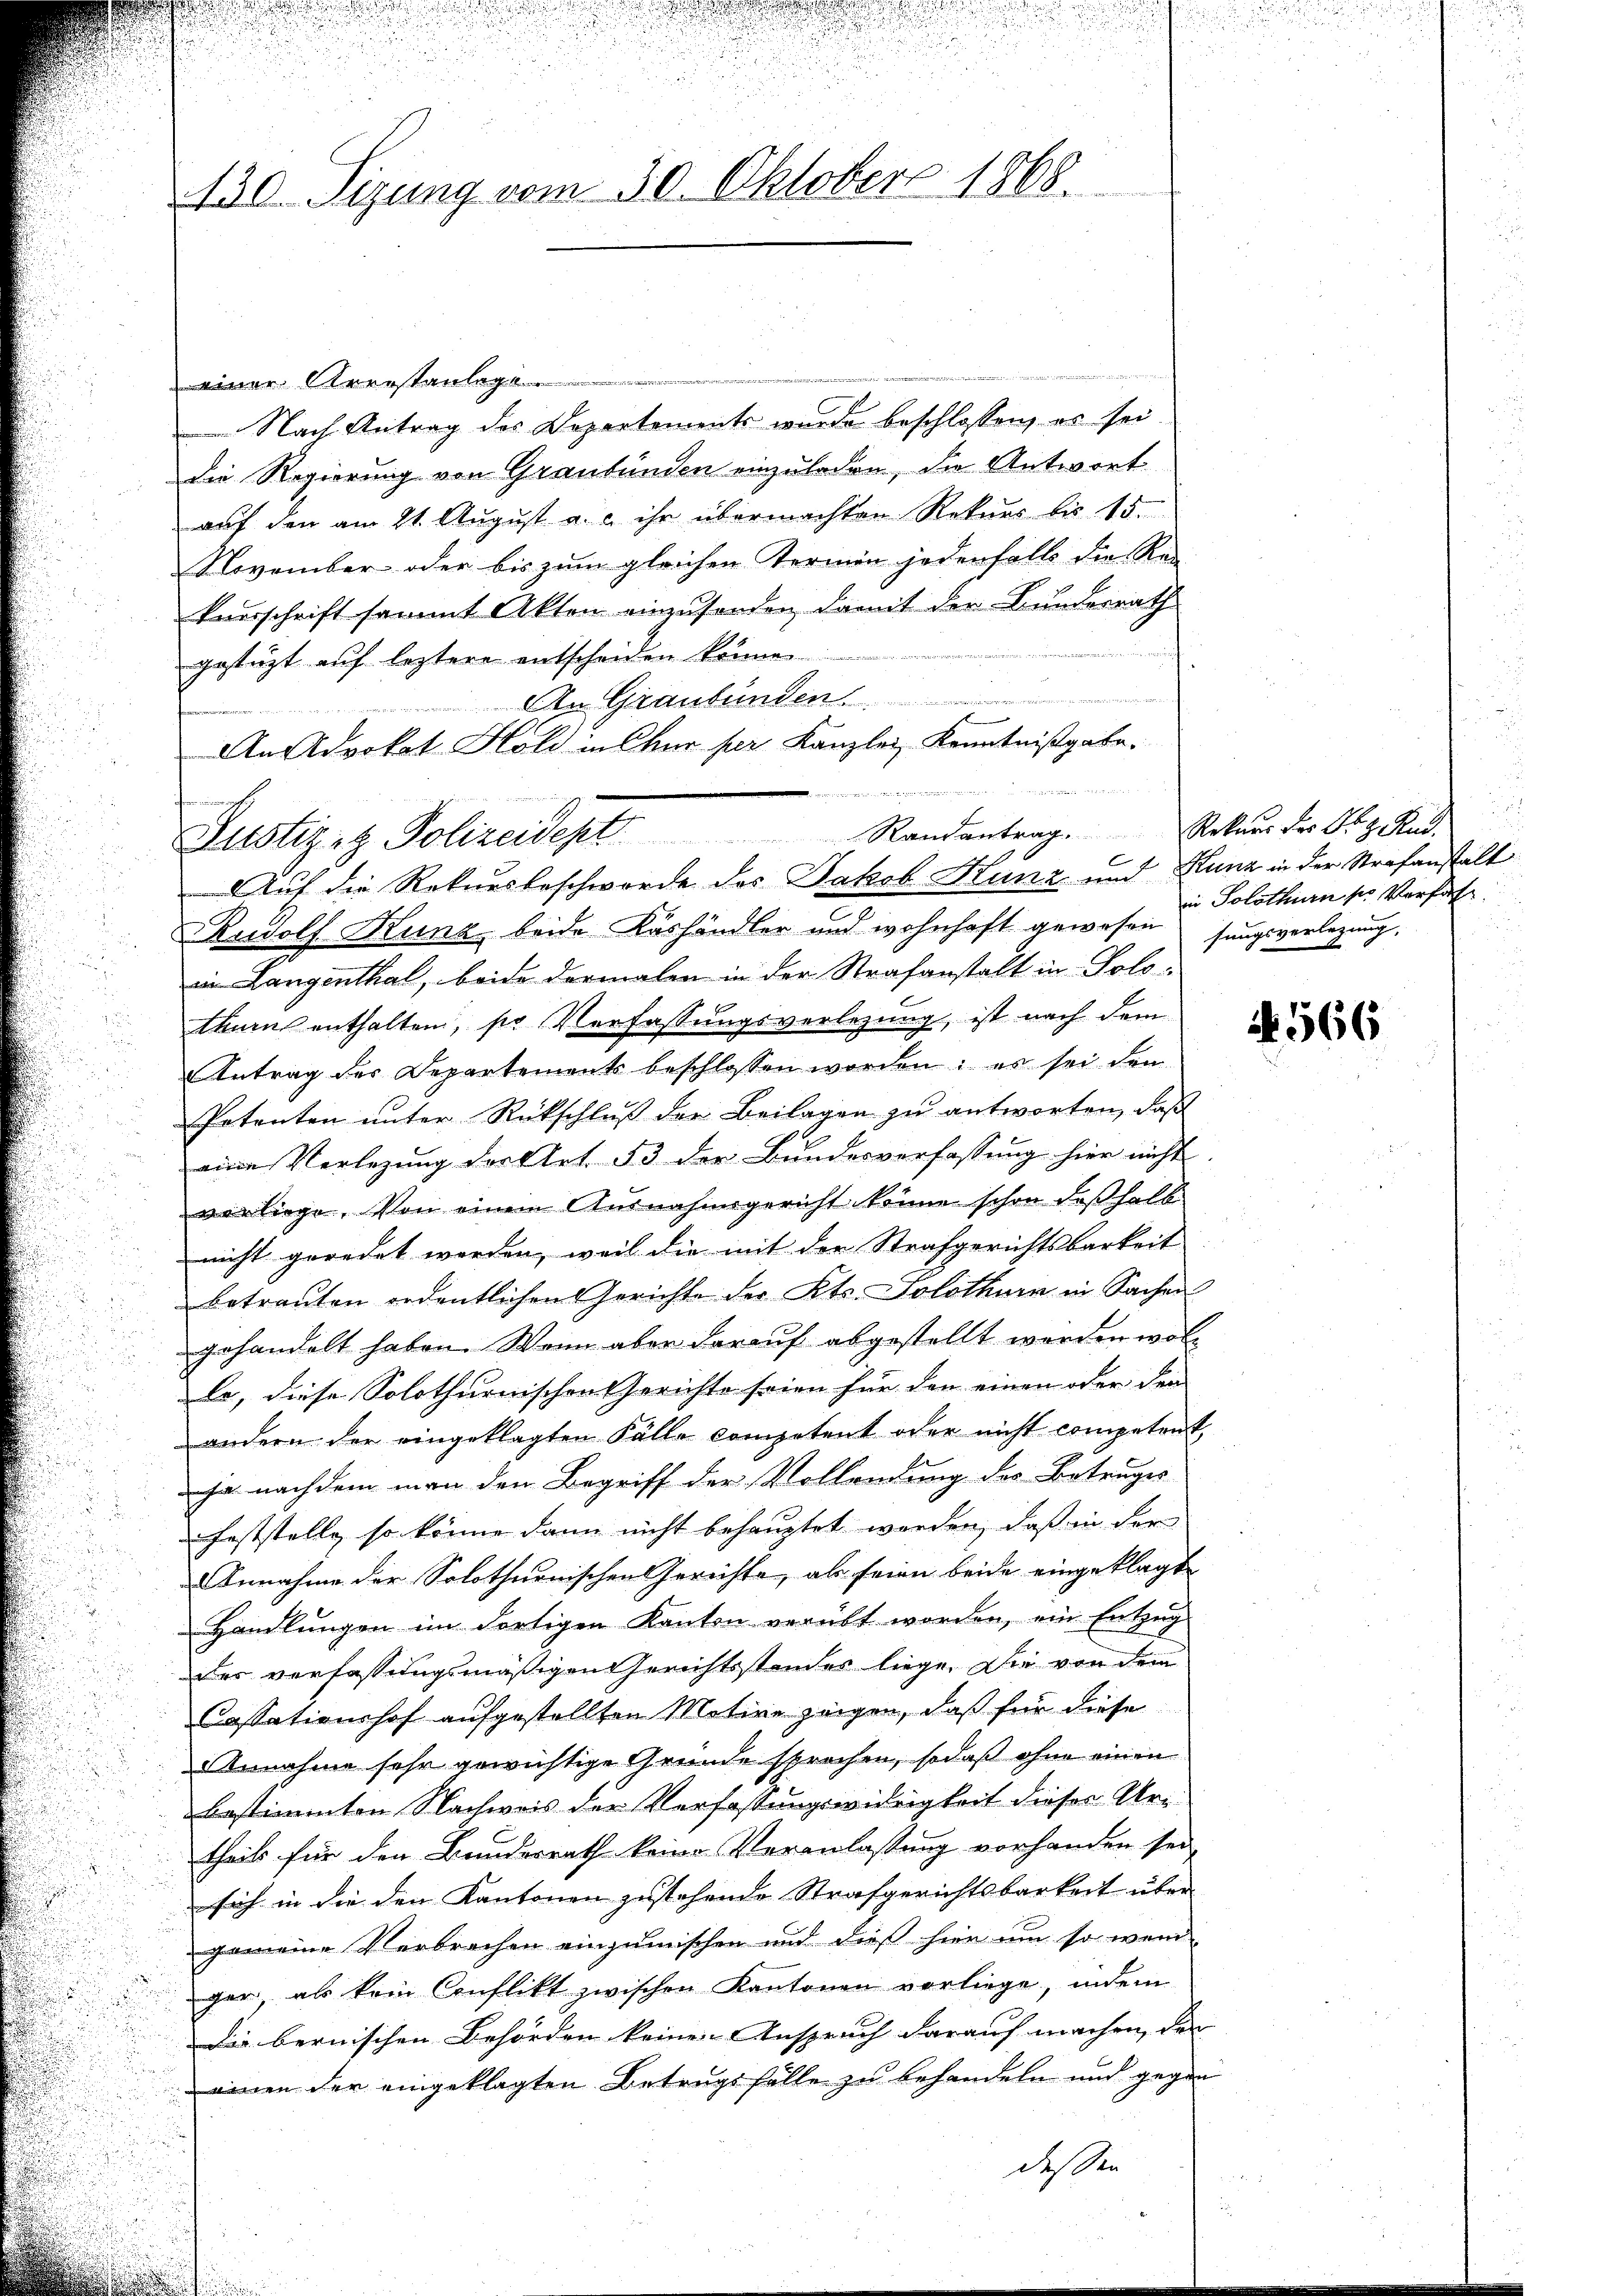
130. Sizung vom 30. Oktober 1868.

inachsich

einer Arenstanlage
Nach Antrag des Departements wurde beschlossen, es sei
Die Regierung von Graubünden einzuladen, die Antwort
auf den am 21. August a. c. ihr übermachten Rekurs bis 15.
November oder bis zum gleichen Termin jedenfalls die Re
kausschrift sammt Akten einzusenden, damit der Bundesrath
gestützt auf leztere entscheiden könne.
An Graubünden.
An Advokat Hold in für per Kanzlei Kenntnißgabe.
Rudolf Kunz beide Käshändler und wohnhaft gewesen sangsverlegung,
in Langenthal, beide dermalen in der Strafanstalt in Solothan enthalten, so Verfassungsverlegung, ist nach dem
Antrag des Departement beschlossen worden: es sei den
Petenten unter Rückschluß der Beilagen zu antworten, daß
eine Verlegung der Art. 53 der Bundesverfassung hier nicht
vorliege. Von einem Ausnahmsgericht könne schon deßhalb
nicht geredet werden, weil die mit der Strafgerichtsbarkeit
betrauten ordentlichen Gerichte der Kts. Solothurn in Sachen
gehandelt haben. Wenn aber darauf abgestellt werden wolla, diese Solothurnischen Gerichte seien für den einen oder den
andern der eingeklagten Fälle competent oder nicht competent,
cha nachdem man den Begriff der Vollendung des Betruges
Feststelle so könne dann nicht behauptet werden, daß in der
Annahme der Solothurnischen Gerichte, als seien beide eingeklagt
Handlŭngen im dortigen Kanton verübt worden, ein Entzŭg
des verfassungsmäßigen Gerichtsstandes liege. Die von dem
Cassationshof aufgestellten Motive zeigen, daß für diese
Annahme sehr gewichtige Grunde sprechen, sodaß ohne einen
bestimmten Nachweis der Verfassungswidrigkeit dieses Ur-
theils für den Bundesrath keine Veranlassung vorhanden sei,
sich in die den Kantonen zustehende Strafgerichtsbarkeit über
gemeine Verbrechen einzumischen und dieß hier um so wen
ger, als kein Conflikt zwischen Kantonen vorliege, indem
Die bernischen Behörden keine Anspruch darauf machen, der
einen der eingeklagten Betrugsfälle zu behandeln und gegen
dessen

Zustiziz Polizeidept Randantrag. Rekurs der Org. Rud.
Auf die Rekursbeschwerde des Jakob Kunz und Kunz in der Strafanstalt

C

i
in Solothurn s. Verfas
d

566